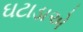
ઘટાડાએ